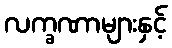
လက္ခဏာများနှင့်